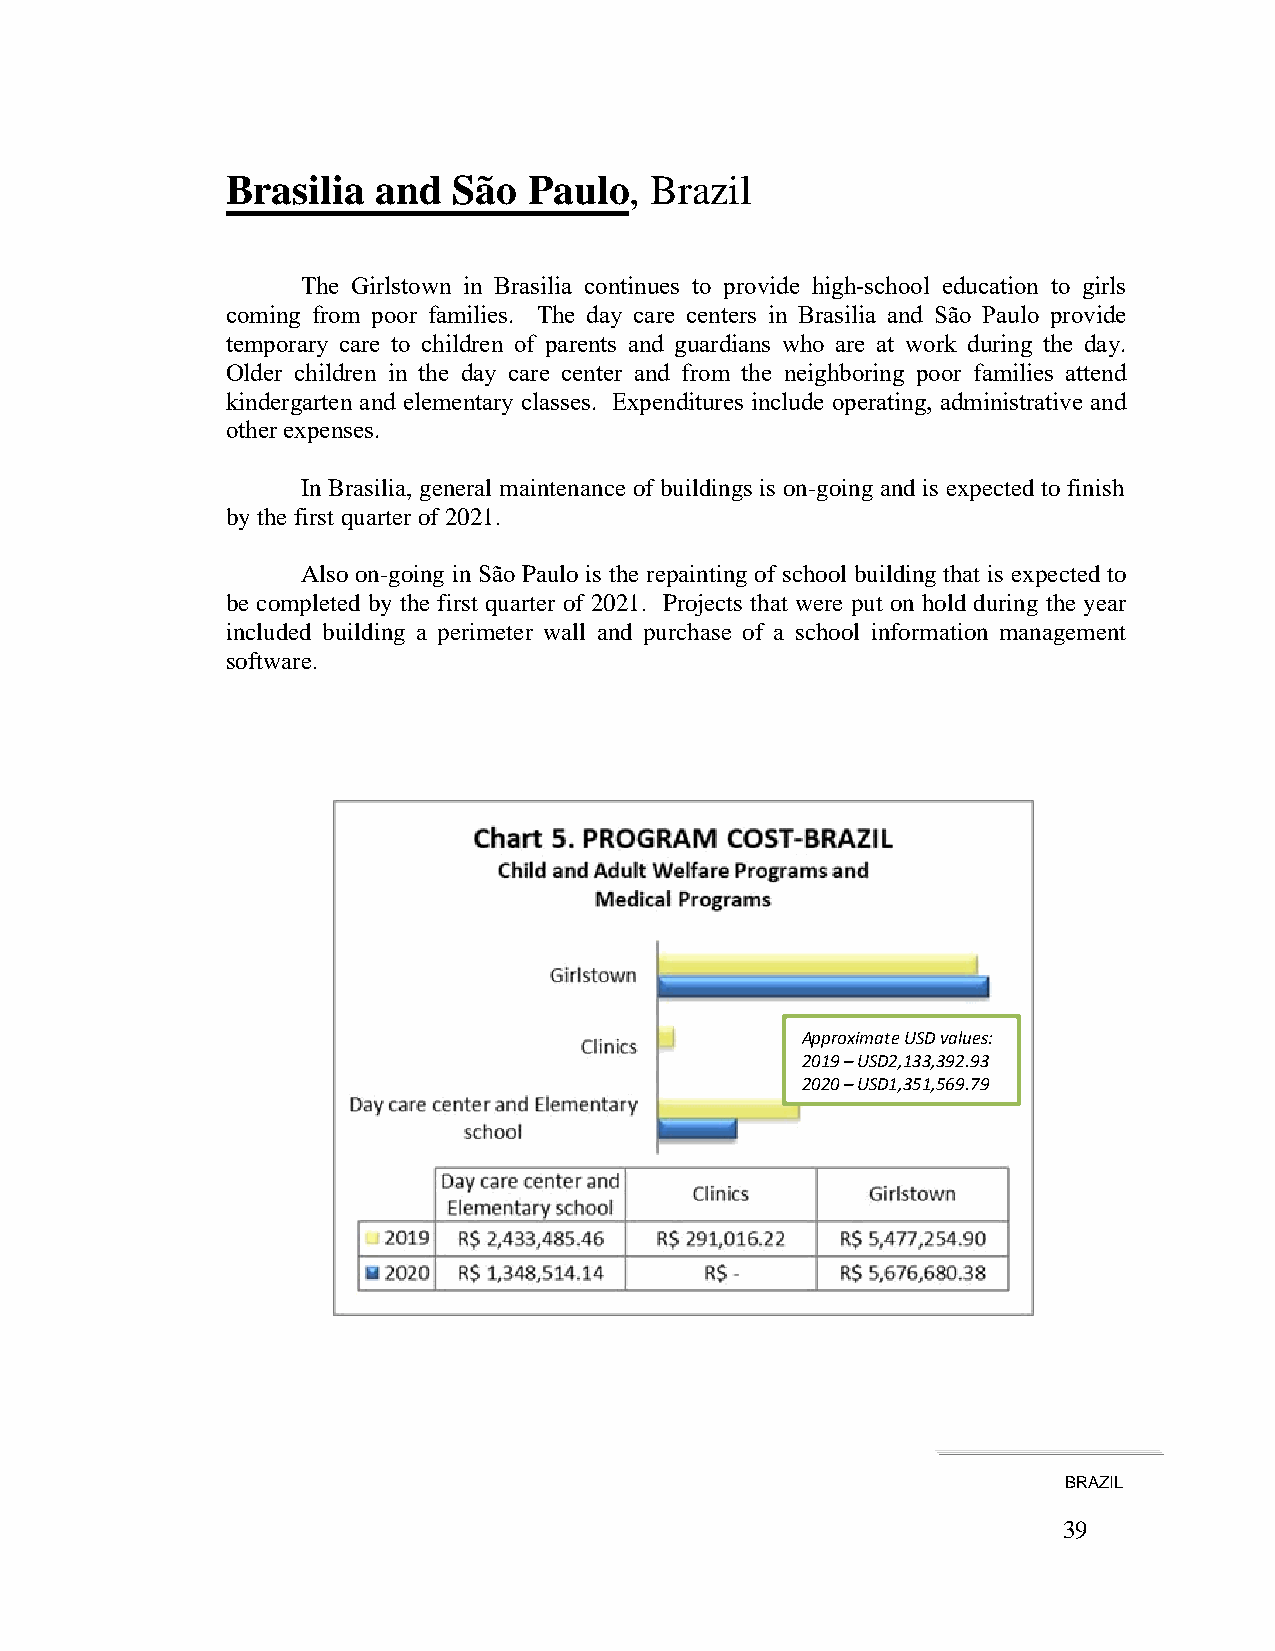
Brasilia  and  São  Paulo,  Brazil
 The Girlstown in Brasilia continues to provide high-school education to girls
 coming from poor families. The day care centers in Brasilia and São Paulo provide
 temporary care to children of parents and guardians who are at work during the day.
 Older children in the day care center and from the neighboring poor families attend
 kindergarten and elementary classes. Expenditures include operating, administrative and
 other expenses.
 In Brasilia, general maintenance of buildings is on-going and is expected to finish
 by the first quarter of 2021.
 Also on-going in São Paulo is the repainting of school building that is expected to
 be completed by the first quarter of 2021. Projects that were put on hold during the year
 included building a perimeter wall and purchase of a school information management
 software.
 Approximate USD values:
 2019 – USD2,133,392.93
 2020 – USD1,351,569.79
 BRAZIL
 39